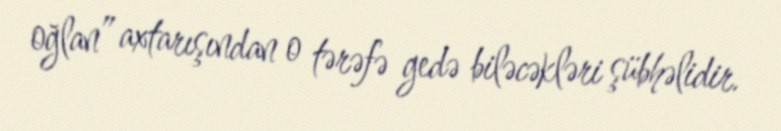
oğlan” axtarışından o tərəfə gedə biləcəkləri şübhəlidir.